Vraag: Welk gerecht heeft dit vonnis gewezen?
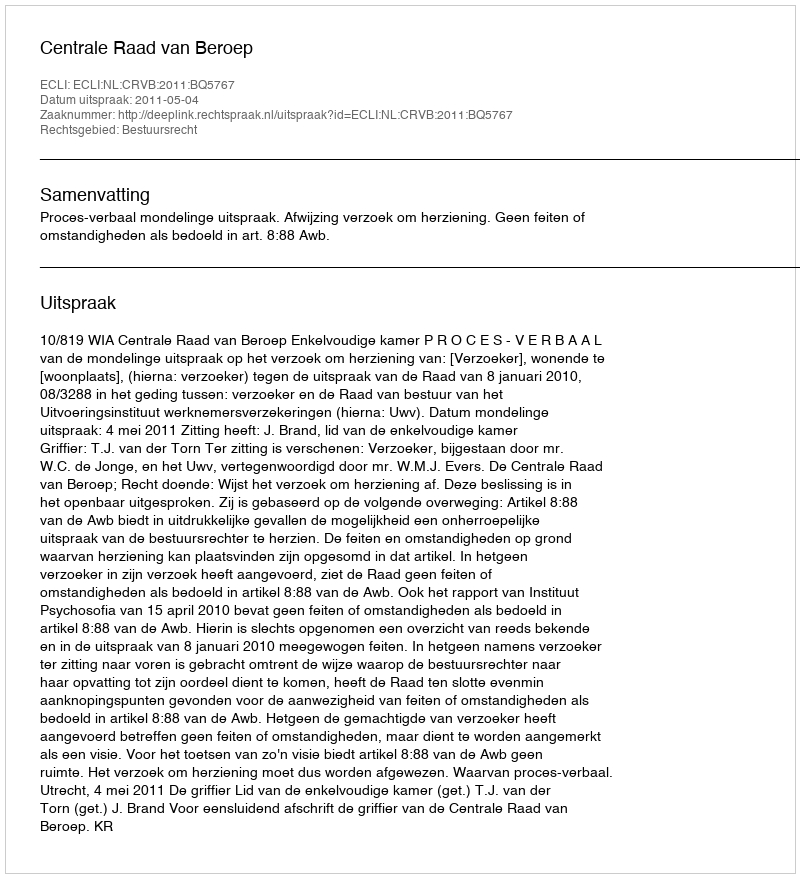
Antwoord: Centrale Raad van Beroep